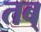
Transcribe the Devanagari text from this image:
तब्